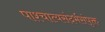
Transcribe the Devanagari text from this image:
पाश्चात्यसंदर्भसंपृक्त